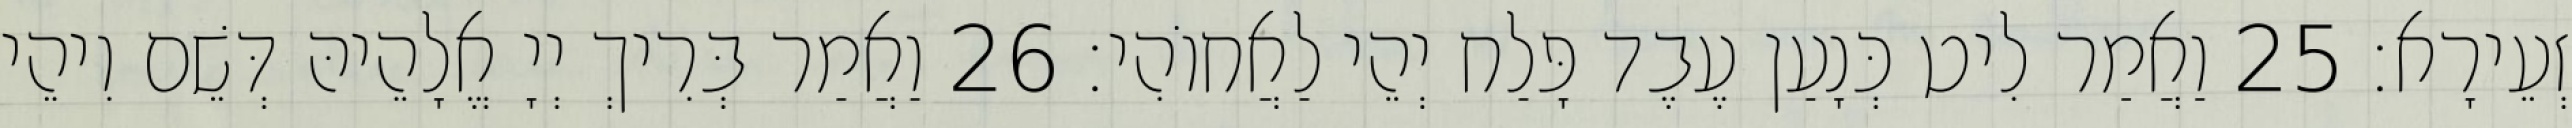
זְעֵירָא׃ 25 וַאֲמַר לִיט כְּנָעַן עֶבֶד פָּלַח יְהֵי לַאֲחוֹהִי׃ 26 וַאֲמַר בְּרִיךְ יְיָ אֱלָהֵיהּ דְּשֵׁם וִיהֵי